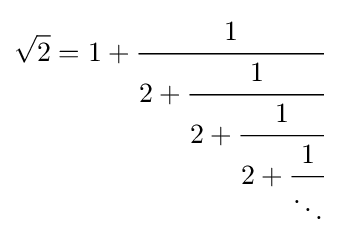
{\sqrt {2}}=1+{\cfrac {1}{2+{\cfrac {1}{2+{\cfrac {1}{2+{\cfrac {1}{\ddots }}}}}}}}